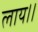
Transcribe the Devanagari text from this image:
लाय।।